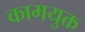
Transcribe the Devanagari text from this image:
कामयुक्त